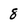
Character: 8